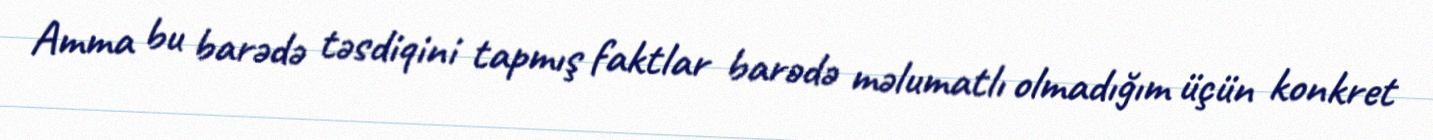
Amma bu barədə təsdiqini tapmış faktlar barədə məlumatlı olmadığım üçün konkret